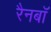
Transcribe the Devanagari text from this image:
रैनबॉ